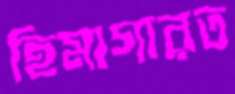
হিমাগারত